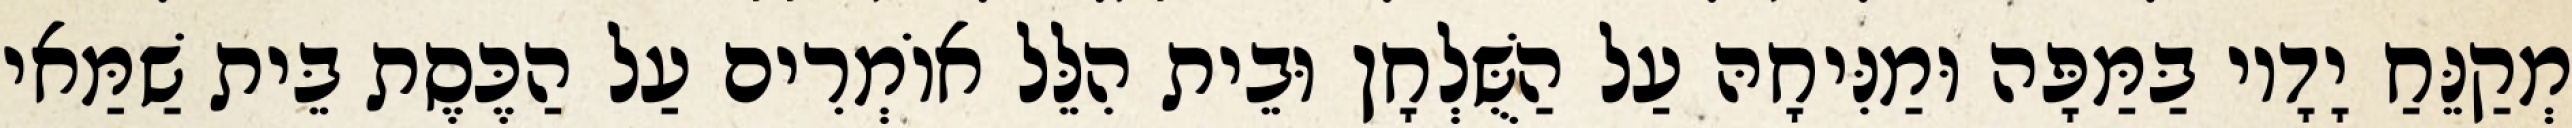
מְקַנֵּחַ יָדָיו בַּמַּפָּה וּמַנִּיחָהּ עַל הַשֻּׁלְחָן וּבֵית הִלֵּל אוֹמְרִים עַל הַכֶּסֶת בֵּית שַׁמַּאי